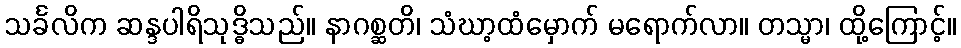
သင်္ခလိက ဆန္ဒပါရိသုဒ္ဓိသည်။ နာဂစ္ဆတိ၊ သံဃာ့ထံမှောက် မရောက်လာ။ တသ္မာ၊ ထို့ကြောင့်။